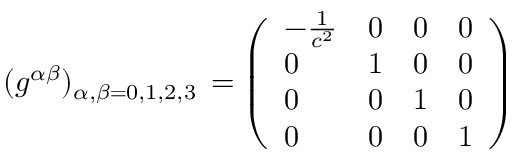
( g ^ { \alpha \beta } ) _ { \alpha , \beta = 0 , 1 , 2 , 3 } \, = \left( { \begin{array} { l l l l } { - { \frac { 1 } { c ^ { 2 } } } } & { 0 } & { 0 } & { 0 } \\ { 0 } & { 1 } & { 0 } & { 0 } \\ { 0 } & { 0 } & { 1 } & { 0 } \\ { 0 } & { 0 } & { 0 } & { 1 } \end{array} } \right)